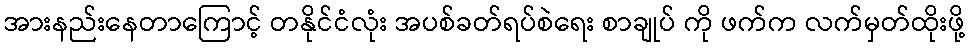
အားနည်းနေတာကြောင့် တနိုင်ငံလုံး အပစ်ခတ်ရပ်စဲရေး စာချုပ် ကို ဖက်က လက်မှတ်ထိုးဖို့